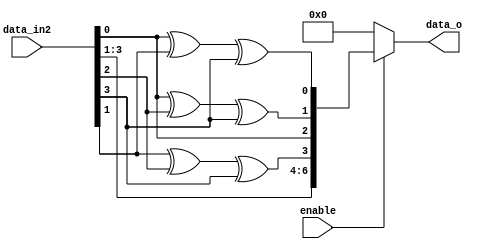
module operation1
(    input enable,
	  input [3:0] data_in2,
	  output [6:0] data_o
);

wire p0,p1,p2;

assign p0 = ( data_in2[0] ^ data_in2[1] ^ data_in2[3] );
assign p1 = ( data_in2[0] ^ data_in2[2] ^ data_in2[3] );
assign p2 = ( data_in2[1] ^ data_in2[2] ^ data_in2[3] );

reg [6:0] data_o2;

always @ (*)
begin
    if ( enable == 1)
	 begin
	     data_o2[6:0]={data_in2[3],data_in2[2],data_in2[1] ,p2, data_in2[0] ,p1,p0};
	 end
	 else 
	     data_o2 = 7'b0000000;
end
assign  data_o [6:0] = data_o2[6:0];
endmodule